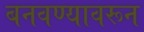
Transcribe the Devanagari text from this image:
बनवण्यावरून